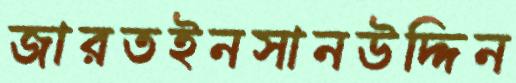
জারতইনসানউদ্দিন